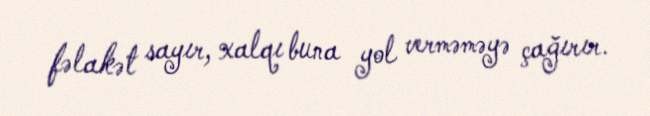
fəlakət sayır, xalqı buna yol verməməyə çağırır.